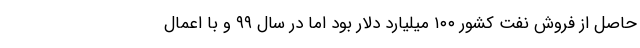
حاصل از فروش نفت کشور ١٠٠ میلیارد دلار بود اما در سال ٩٩ و با اعمال